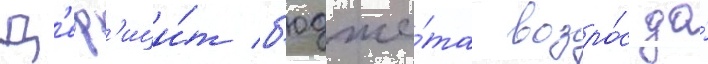
Д'еф'ици́т б'юдже́та возро́с до́